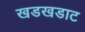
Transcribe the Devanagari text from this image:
खडखडाट